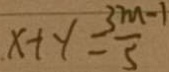
x + y = \frac { 3 m - 1 } { 5 }